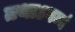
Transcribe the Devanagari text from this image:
तथाऽगम्यं